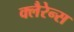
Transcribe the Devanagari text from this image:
क्लैरेन्स